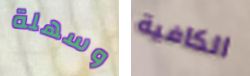
وسهلة الكافية